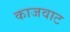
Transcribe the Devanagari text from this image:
काजवाट